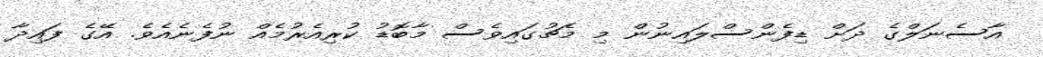
އާސެނަލްގެ ދަށް ޑިފެންސްލައިނުން މި މެޗުގައިވެސް މާބޮޑު ކުރިއެރުމެއް ނުފެނެއެވެ. އޭގެ ފައިދާ